Vaccination United Provinces of Agra and Oudh 1902-1913 - 1902-1913
Year: 1902
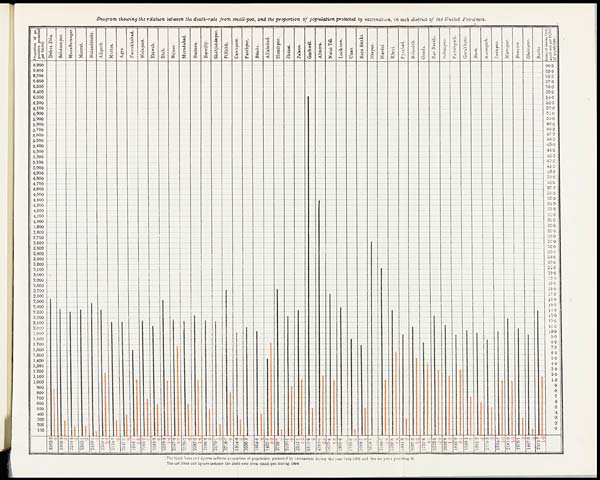
Diagram showing the relation between the death-rate from small-pox, and the proportion of population protected by vaccination, in each district of the United Provinces.
The black lines and figures indicate proportion of population protected by vaccination during the year 1904-1905 and the six years preceding it.
The red lines and figures indicate the death-rate from small-pox during 1904.